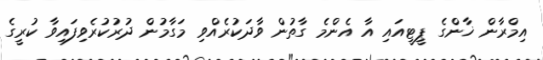
އިމްރާން ޚާންގެ ޕީޓީއައި އާ އެންމެ ގާތުން ވާދަކުރެއްވި މަގާމުން ދުރުކުރެވިފައިވާ ކުރީގެ